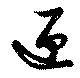
匣